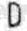
D